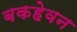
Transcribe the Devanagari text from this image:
बकहेवन